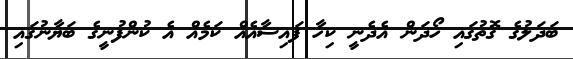
ބަދަލުގެ ގޮތުގައި ހޯދަން އެދެނީ ކިހާ ފައިސާއެއް ކަމެއް އެ ކުންފުނީގެ ބަޔާނުގައި